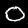
Digit: 0